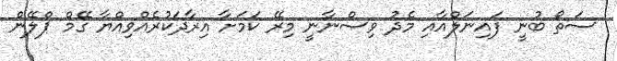
ސަތޯ ބުނީ ފައިނަލްއާއި މެދު ވިސްނާނީ މިރޭ ކަމަށާ އިރާދަކުރެއްވިއްޔާ ގޭމް ޕްލޭން